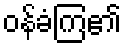
ဝန်ခံကြ၏